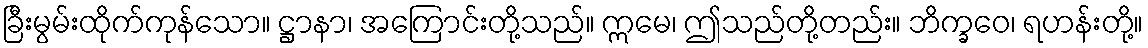
ခြီးမွမ်းထိုက်ကုန်သော။ ဋ္ဌာနာ၊ အကြောင်းတို့သည်။ ဣမေ၊ ဤသည်တို့တည်း။ ဘိက္ခဝေ၊ ရဟန်းတို့။